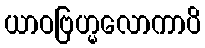
ယာဝဗြဟ္မလောကာပိ